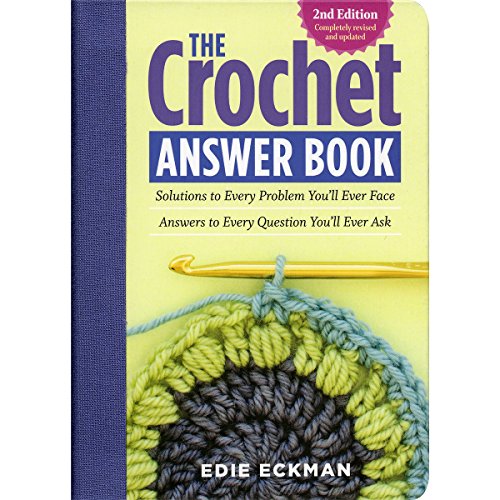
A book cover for The Crochet Answer Book, 2nd Edition: Solutions to Every Problem You'll Ever Face; Answers to Every Question You'll Ever Ask; Edie Eckman; Crafts, Hobbies & Home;